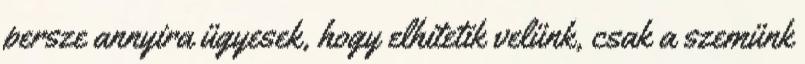
persze annyira ügyesek, hogy elhitetik velünk, csak a szemünk